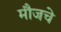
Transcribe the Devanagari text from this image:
मौजचे